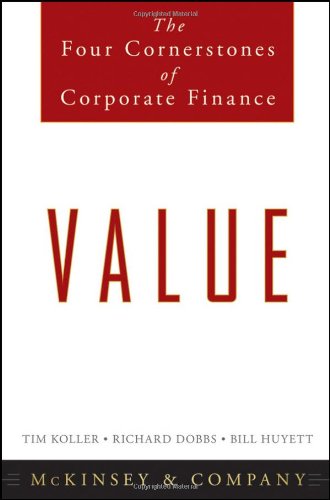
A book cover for Value: The Four Cornerstones of Corporate Finance; McKinsey & Company Inc.; Business & Money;